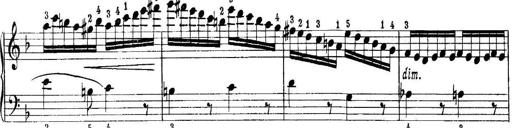
Title: Quatres sonatines
Composer: Tadeusz Joteyko